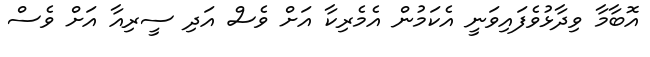
އޮބާމާ ވިދާޅުވެފައިވަނީ އެކަމުން އެމެރިކާ އަށް ވެސް އަދި ސީރިއާ އަށް ވެސް